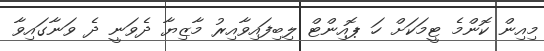
މިއިން ކޮންމެ ޓީމަކަށް ހަ ޕޮއިންޓް ލިބިފައިވާއިރު މާޒިޔާ ދެވަނީ ދެ ވަނާގައިވާ